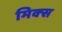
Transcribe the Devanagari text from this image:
मिक्‍स